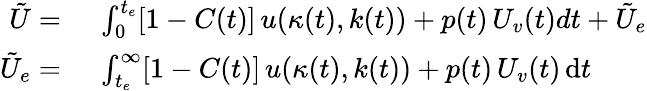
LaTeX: \begin{array}{rl}{\tilde{U}=}&{\ \int_{0}^{t_{e}}[1-C(t)]\, u(\kappa(t),k(t))+p(t)\, U_{v}(t)dt+\tilde{U}_{e}}\\ {\tilde{U}_{e}=}&{\ \int_{t_{e}}^{\infty}[1-C(t)]\, u(\kappa(t),k(t))+p(t)\, U_{v}(t)\, \mathrm{d}t}\end{array}